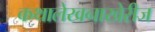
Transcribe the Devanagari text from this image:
कथालेखनाखेरीज